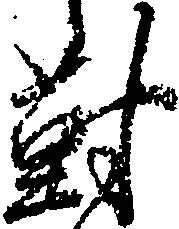
対